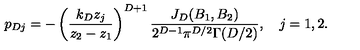
p _ { D j } = - \left( \frac { k _ { D } z _ { j } } { z _ { 2 } - z _ { 1 } } \right) ^ { D + 1 } \frac { J _ { D } ( B _ { 1 } , B _ { 2 } ) } { 2 ^ { D - 1 } \pi ^ { D / 2 } \Gamma ( D / 2 ) } , \quad j = 1 , 2 .